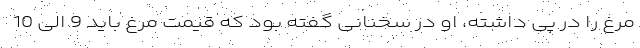
مرغ را در پی داشته، او در سخنانی گفته بود که قیمت مرغ باید 9 الی 10